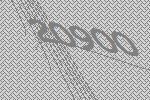
20900